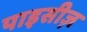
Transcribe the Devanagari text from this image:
पाइसीज़